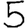
Digit: 5